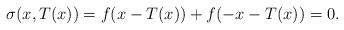
LaTeX: \begin{align*} \sigma(x,T(x)) = f(x- T(x)) + f(-x-T(x))=0.\end{align*}